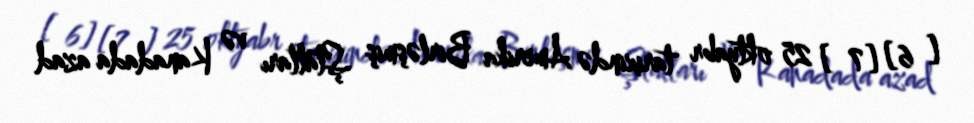
[ 6] [7 ] 25 oktyabr tarixində Amerika Birləşmiş Ştatları və Kanadada azad